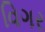
વિગર